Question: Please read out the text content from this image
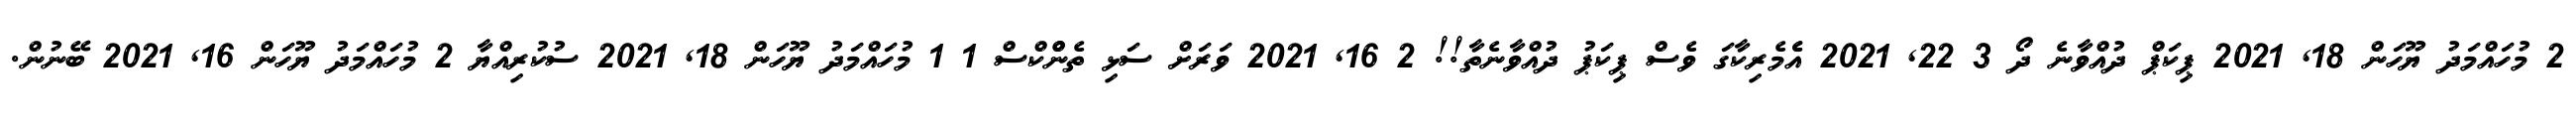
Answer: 2 މުހައްމަދު ޔޫހަން 18, 2021 ޕިކަޕް ދުއްވާނެ ދޯ 3 22, 2021 އެެމެރިކާގަ ވެސް ޕިކަޕު ދުއްވާނެތާ!! 2 16, 2021 ވަރަށް ސަޅި ތެންްކްސް 1 1 މުހައްމަދު ޔޫހަން 18, 2021 ސުކުރިއްޔާ 2 މުހައްމަދު ޔޫހަން 16, 2021 ބޭނުން.